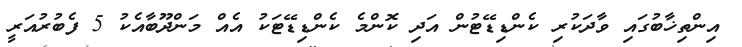
އިންތިޚާބުގައި ވާދަކުރި ކެންޑިޑޭޓުން އަދި ކޮންމެ ކެންޑިޑޭޓަކު އެއް މަންދޫބާއެކު 5 ފެބުރުއަރީ